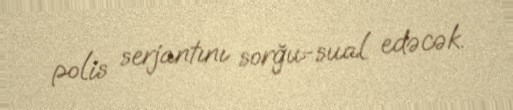
polis serjantını sorğu-sual edəcək.